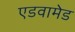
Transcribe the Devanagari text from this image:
एडवामेड